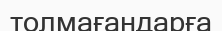
толмағандарға